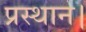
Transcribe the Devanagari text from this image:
प्रस्थान।